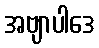
အဗျာပါဒေ